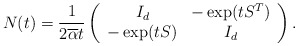
\begin{align*} N(t) = \frac{1}{2\overline{\alpha}t}\left(\begin{array}{cc}I_d &-\exp(tS^T)\\-\exp(tS) &I_d\end{array}\right). \end{align*}